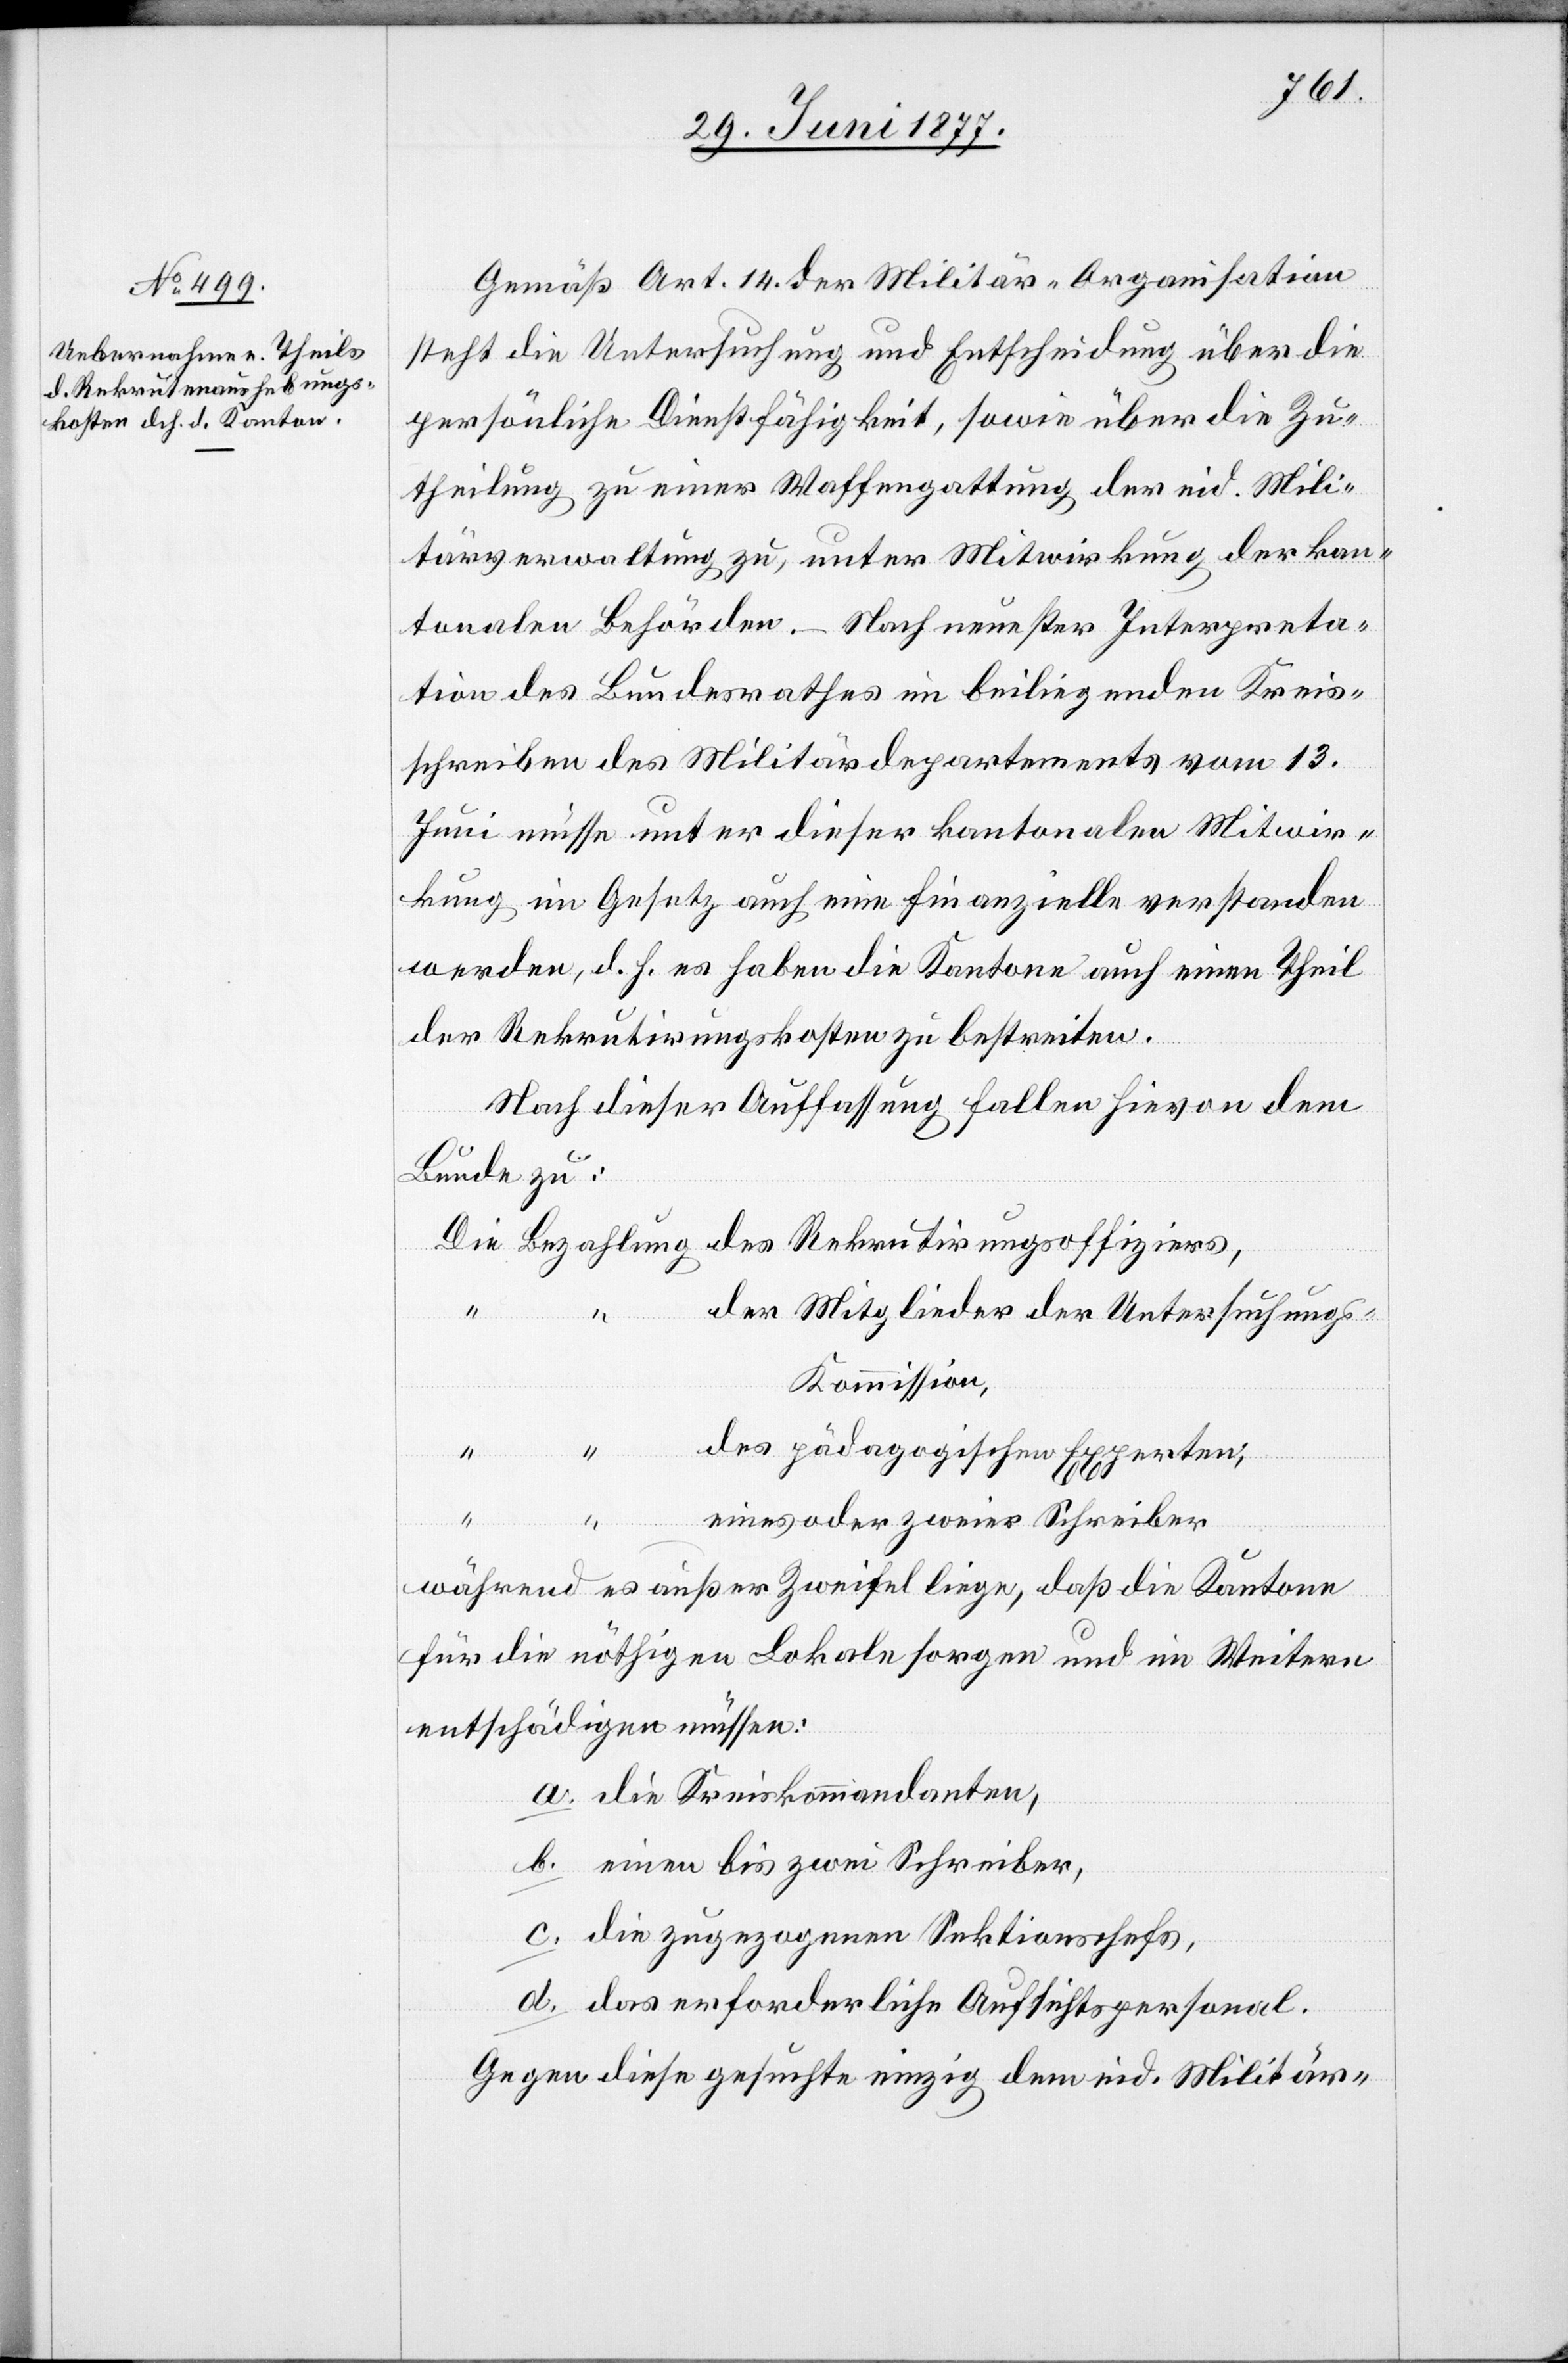
Gemäß Art. 14 der Militär-Organisation
steht die Untersuchung und Entscheidung über die
persönliche Dienstfähigkeit, sowie über die Zu¬
theilung zu einer Waffengattung der eid. Mili¬
tärverwaltung zu, unter Mitwirkung der kan¬
tonalen Behörden. – Nach neuester Interpreta¬
tion des Bundesrathes im beiliegenden Kreis¬
schreiben des Militärdepartements vom 13.
Juni müsse unter dieser kantonalen Mitwir¬
kung im Gesetz auch eine finanzielle verstanden
werden, d. h. es haben die Kantone auch einen Theil
der Rekrutirungskosten zu bestreiten.
Nach dieser Auffassung fallen hievon dem
Bunde zu:
der Mitglieder der Untersuchung¬
s-Kommission,
des pädagogischen Experten,
Rekrutir¬
eines oder zweier Schreiber
sof¬
fiziers,
während es außer Zweifel liege, daß die Kantone
für die nöthigen Lokale sorgen und im Weitern
entschädigen müssen:
a. die Kreiskommandanten,
b. einen bis zwei Schreiber,
c. die zugezogenen Sektionschefs,
d. das erforderliche Aufsichtspersonal.
Gegen diese gesuchte einzig dem eid. Militär-